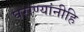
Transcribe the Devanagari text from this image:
घराण्यांनीहि